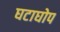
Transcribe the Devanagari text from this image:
घटाघोप